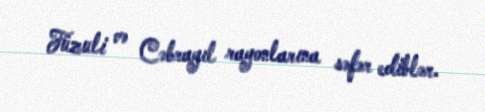
Füzuli və Cəbrayıl rayonlarına səfər ediblər.